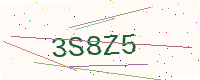
Text: 3S8Z5